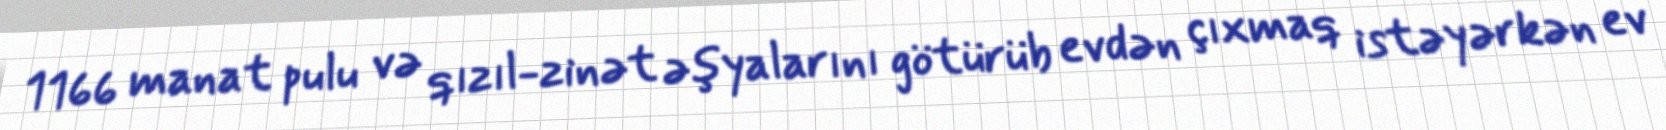
1166 manat pulu və qızıl-zinət əşyalarını götürüb evdən çıxmaq istəyərkən ev